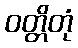
ဝတ္တိတုံ